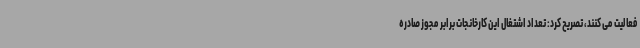
فعالیت می کنند، تصریح کرد: تعداد اشتغال این کارخانجات برابر مجوز صادره